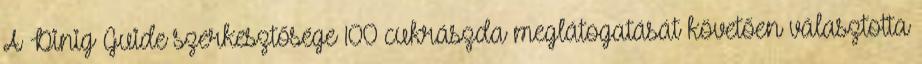
A Dinig Guide szerkesztősége 100 cukrászda meglátogatását követően választotta